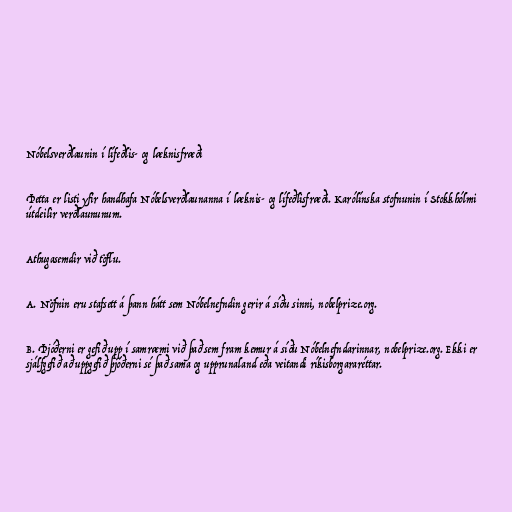
Nóbelsverðlaunin í lífeðlis- og læknisfræði

Þetta er listi yfir handhafa Nóbelsverðlaunanna í læknis- og lífeðlisfræði. Karólínska stofnunin í Stokkhólmi
útdeilir verðlaununum.

Athugasemdir við töflu.

A. Nöfnin eru stafsett á þann hátt sem Nóbelnefndin gerir á síðu sinni, nobelprize.org.

B. Þjóðerni er gefið upp í samræmi við það sem fram kemur á síðu Nóbelnefndarinnar, nobelprize.org. Ekki er
sjálfgefið að uppgefið þjóðerni sé það sama og upprunaland eða veitandi ríkisborgararéttar.